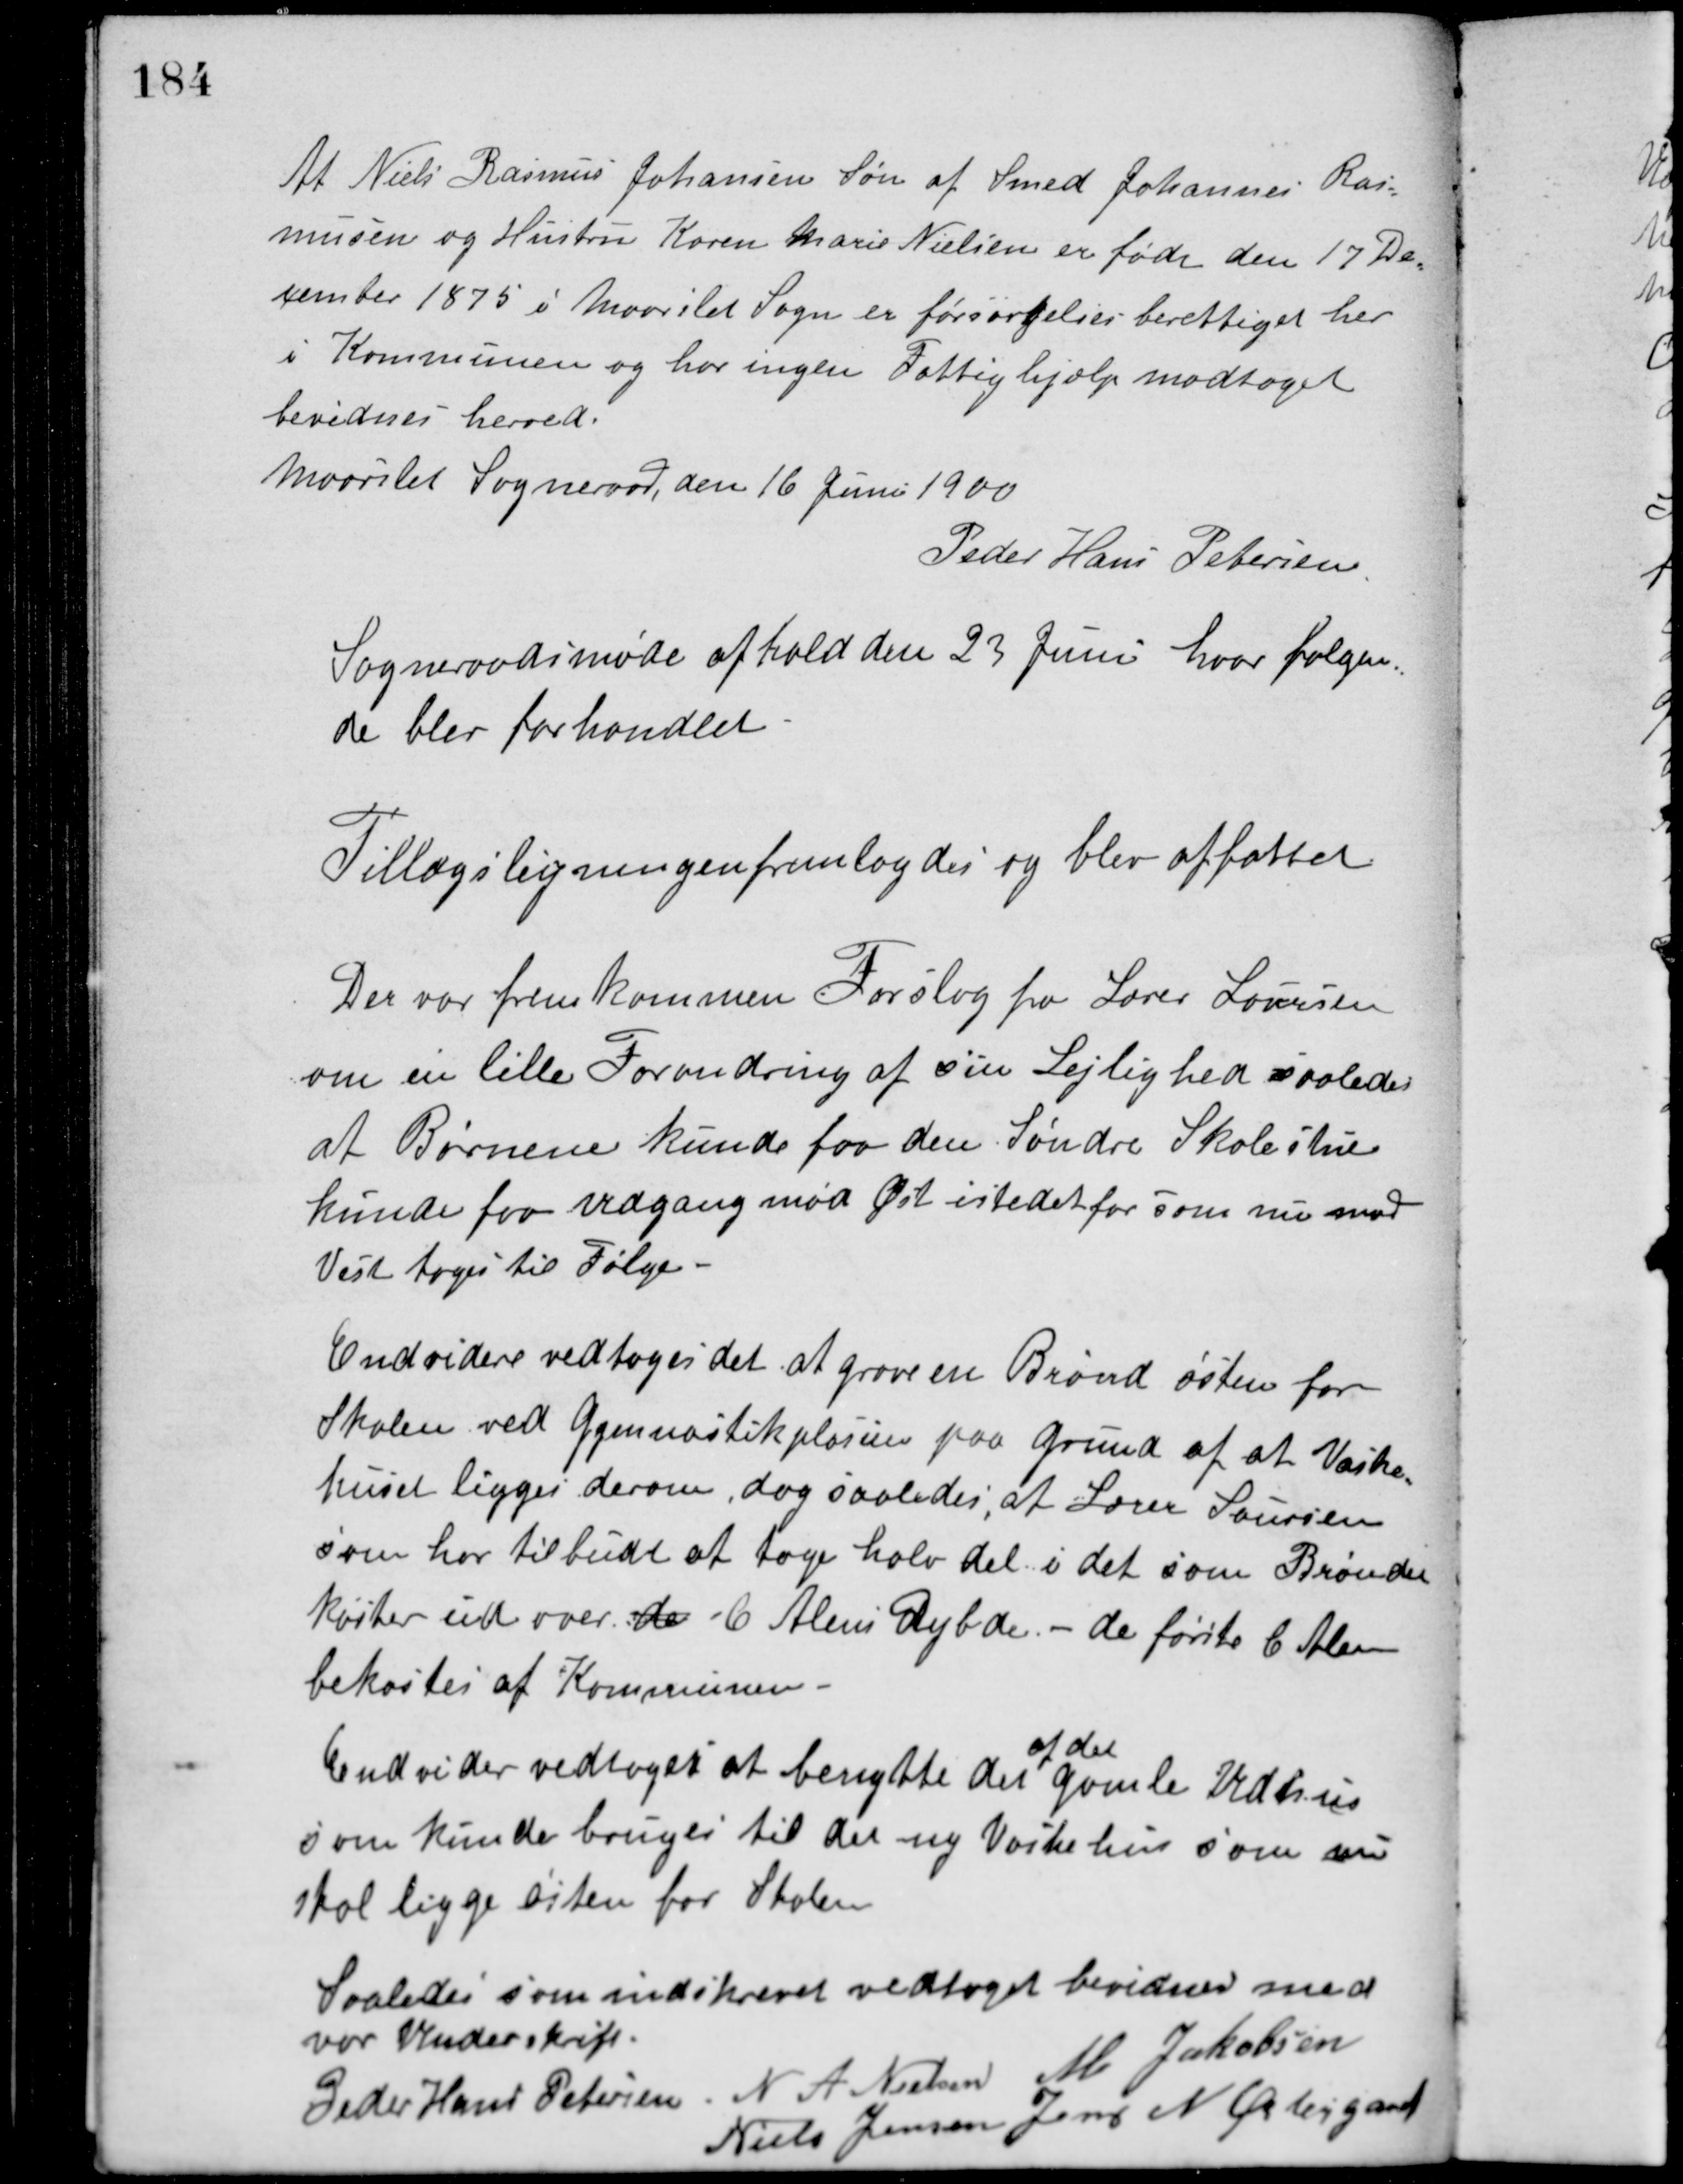
Transskription:
At Niels Rasmus Johansen Søn af Smed Johannes Ras-
musen og Hustru Karen Marie Nielsen er født den 17 De-
cember 1875 i Maarslet Sogn er forsørgelsesberettiget her
i Kommunen og har ingen Fattighjælp modtaget
bevidnes herved.
Maarslet Sogneraad den 16 Juni 1900
Peder Hans Petersen
Sogneraadsmøde afhold den 23 Juni hvor følgen-
de blev forhandlet.
Tillægsligningen fremlagdes og blev affattet
Der var fremkommen Forslag fra Lærer Laursen
om en lille Forandring af sin Lejlighed saaledes
at Børnene kunde faa den Søndre Skolestue
kunde faa udgang mod Øst istedet for som nu mod
Vest toges til Følge.
Endvidere vedtoges det at grave en Brønd østen for
Skolen ved Gymnastikplassen paa Grund af at Vaske-
huset ligger derom, dog saaledes at Lærer Laursen
som har tilbudt at tage halv del i det som Brønden
koster ud over de - 6 Alens Dybde. - de første 6 Alen
bekostes af Kommunen.
Endvider vedtoges at benytte det
af det
gamle Udhus
som kunde bruges til det ny Vaskehus som nu
skal ligge østen for Skolen.
Saaledes som indskrevet vedtaget bevidnes med
vor Underskrift.
Peder Hans Petersen N. A. Nielsen M. Jakobsen
Niels Jensen Jens N. Østergaard